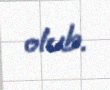
olub.